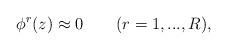
LaTeX: \begin{align*}\phi ^{r}(z)\approx 0\qquad (r=1,...,R), \end{align*}